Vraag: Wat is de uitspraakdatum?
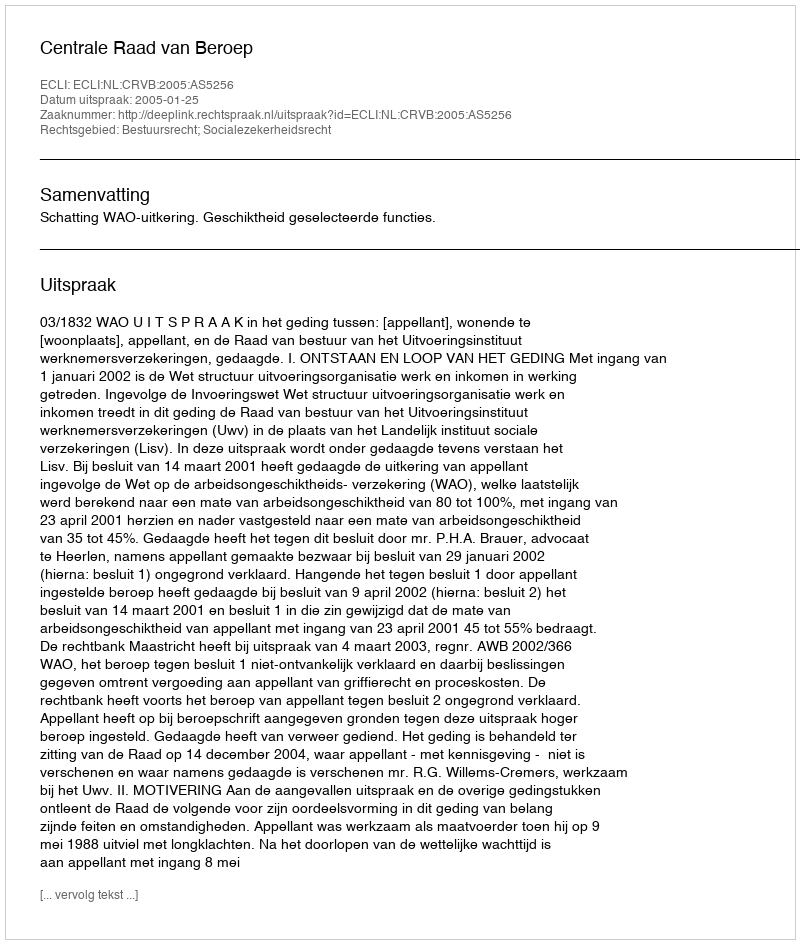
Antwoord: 2005-01-25